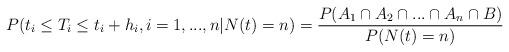
LaTeX: \begin{align*} P(t_{i} \leq T_{i} \leq t_{i} + h_{i}, i=1,...,n | N(t) = n) &= \frac{P(A_{1} \cap A_{2} \cap ...\cap A_{n} \cap B)}{P(N(t) = n)} \end{align*}